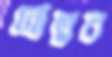
নোতুন